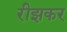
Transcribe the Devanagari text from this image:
रीझकर